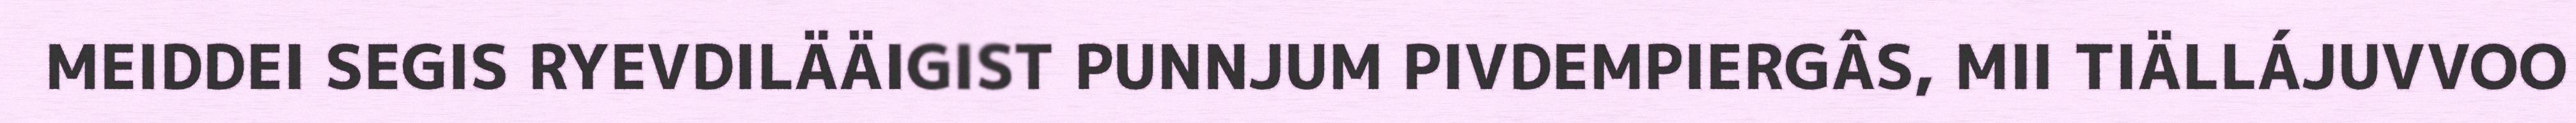
MEIDDEI SEGIS RYEVDILÄÄIGIST PUNNJUM PIVDEMPIERGÂS, MII TIÄLLÁJUVVOO